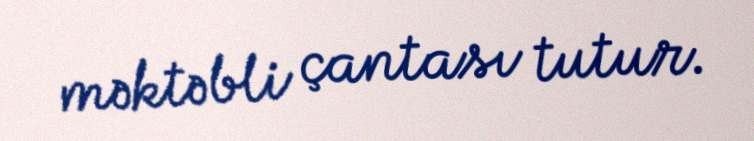
məktəbli çantası tutur.